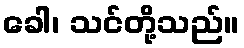
ခေါ၊ သင်တို့သည်။